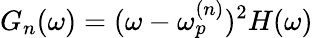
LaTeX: G_{n}(\omega)=(\omega-\omega_{p}^{(n)})^{2}H(\omega)